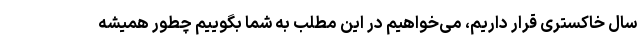
سال خاکستری قرار داریم، می‌خواهیم در این مطلب به شما بگوییم چطور همیشه